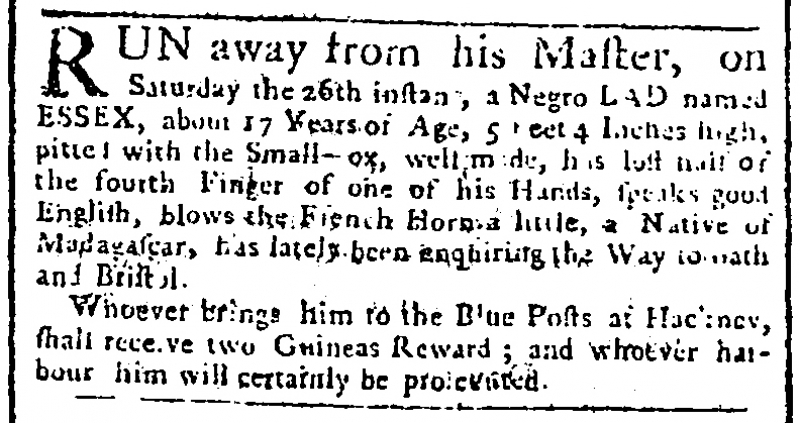
Public Advertiser, 30 May 1764 (England)
RUN away from his Master, on Saturday the 26th instan[t], a Negro LAD named ESSEX, about 17 Years of Age, 5 Feet 4 Inches high, pitted with the small-[p]ox, well m[a]de, has lost half of the fourth Finger of one of his Hands, speaks good English, blows the French Horn a little, a Native of Madagascar, has lately been enquiring the Way to [B]ath and Bristol.   Whoever brings him to the Blue Posts at Hackney, shall receive two Guineas Reward; and whoever harbours him will certainly be prosecuted.